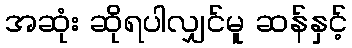
အဆုံး ဆိုရပါလျှင်မူ ဆန်နှင့်